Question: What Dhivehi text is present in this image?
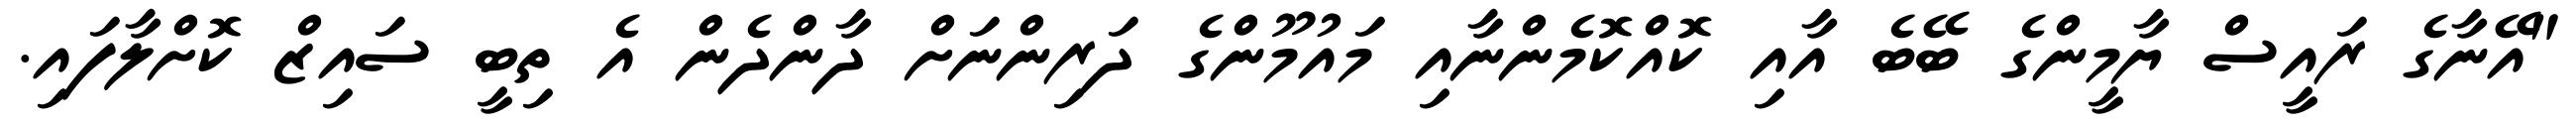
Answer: "އޭނާގެ ރައީސް ޔާމީންގެ ބޭބެ އާއި ކޮއްކޮމެންނާއި މައުމޫންގެ ދަރިންނަށް ދާންދެން އެ ތިބީ ސައިޒް ކޮށްލާފައި.